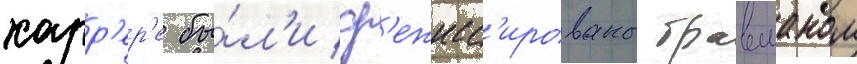
карр'ер'е бы́л'и ср'ежисс'ированы бравманом